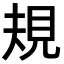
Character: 規